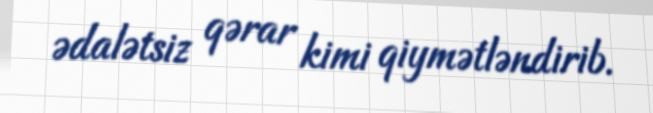
ədalətsiz qərar kimi qiymətləndirib.